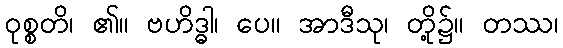
ဝုစ္စတိ၊ ၏။ ဗဟိဒ္ဓါ၊ ပေ။ အာဒီသု၊ တို့၌။ တဿ၊